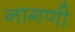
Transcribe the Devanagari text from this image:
नागणी